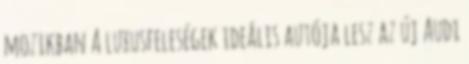
mozikban A luxusfeleségek ideális autója lesz az új Audi